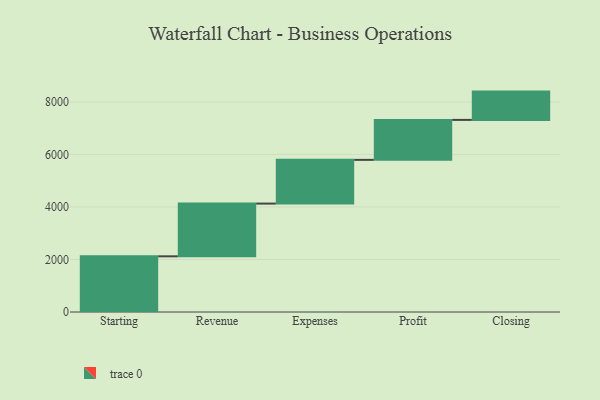
{"axis": {"x": "Step", "y": "Value"}, "legend": [""], "data": [{"x": "Starting", "y": 2120.0, "type": ""}, {"x": "Revenue", "y": 2008.0, "type": ""}, {"x": "Expenses", "y": 1665.0, "type": ""}, {"x": "Profit", "y": 1522.0, "type": ""}, {"x": "Closing", "y": 1077.0, "type": ""}]}